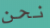
نحن